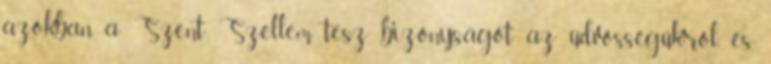
azokban a Szent Szellem tesz bizonyságot az üdvösségükről, és